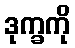
ဒုက္ခကို